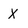
Character: X